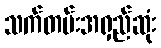
သက်တမ်းအရှည်ဆုံး